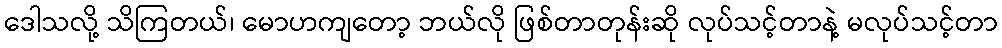
ဒေါသလို့ သိကြတယ်၊ မောဟကျတော့ ဘယ်လို ဖြစ်တာတုန်းဆို လုပ်သင့်တာနဲ့ မလုပ်သင့်တာ